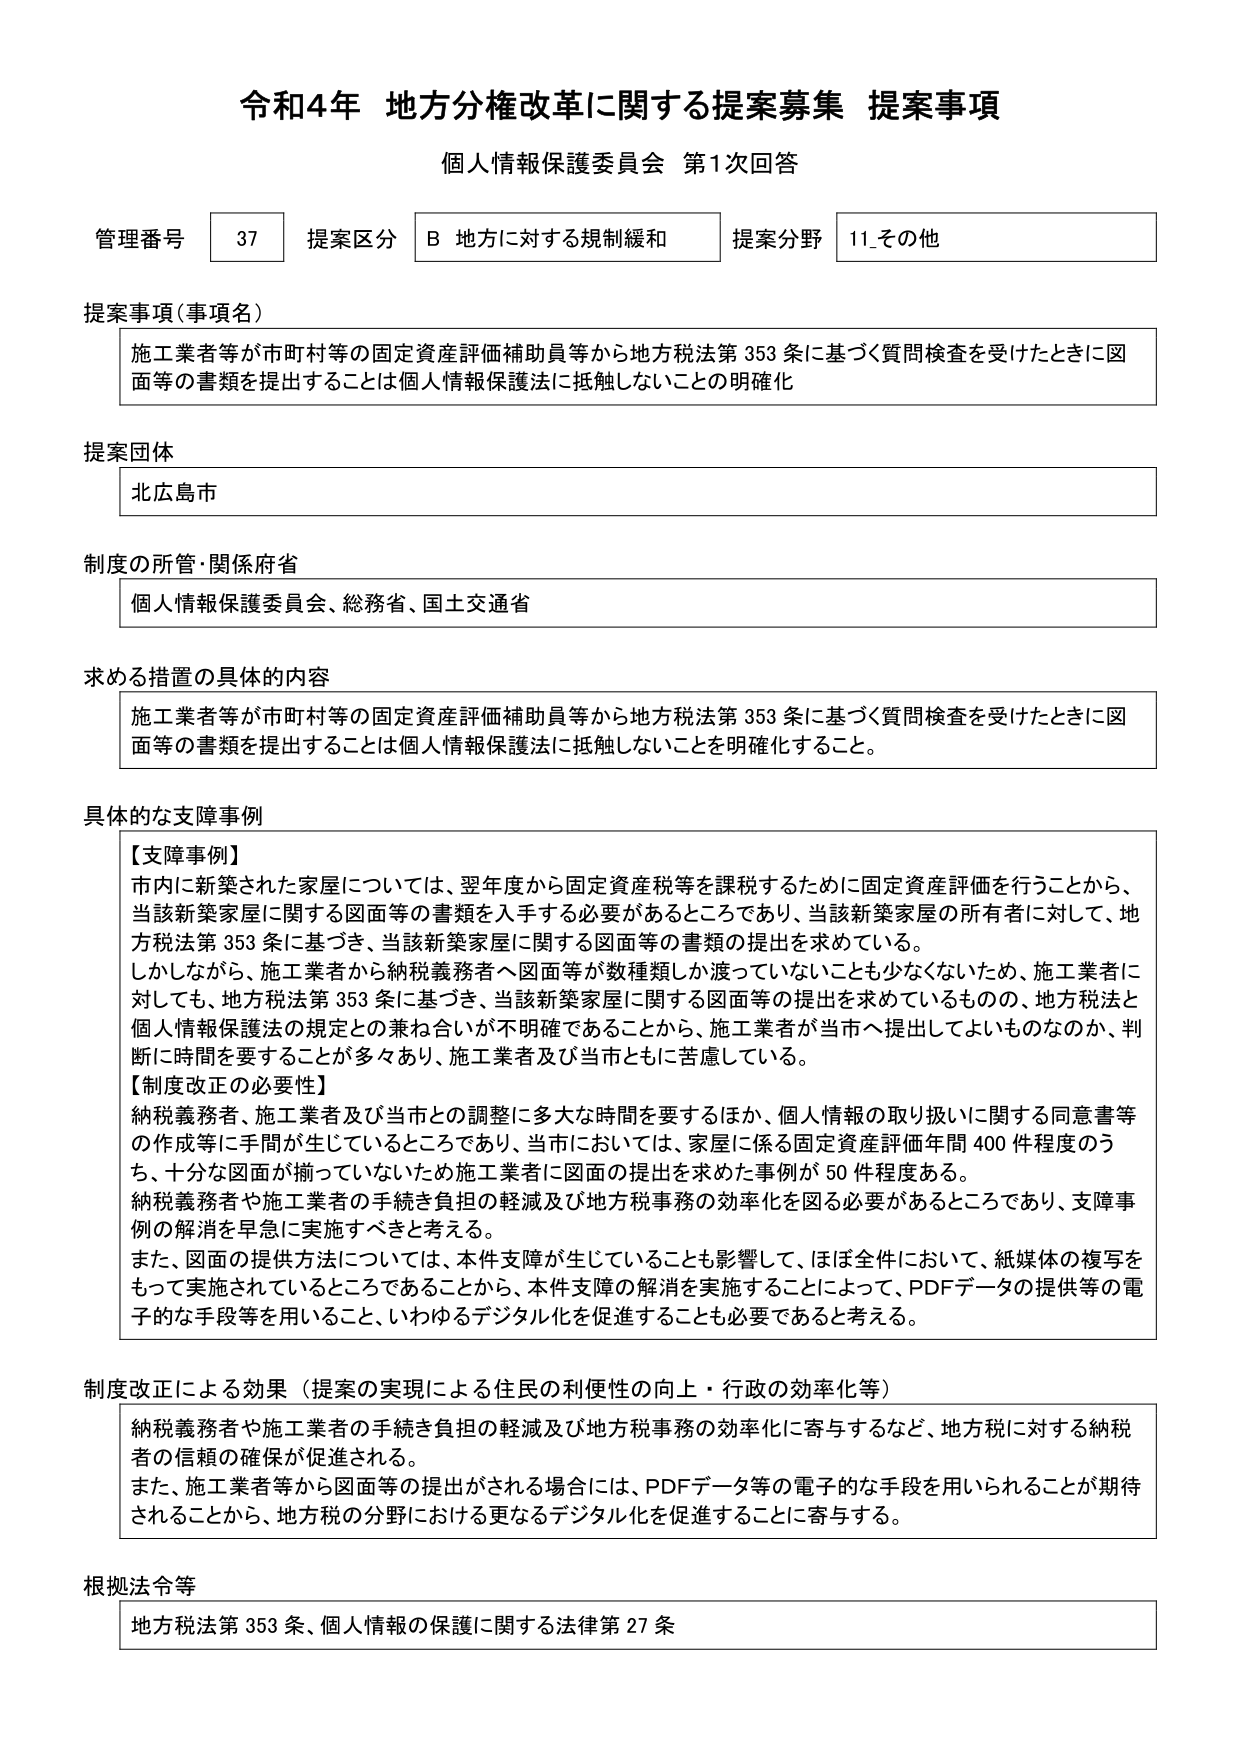
令和4年 地方分権改革に関する提案募集 提案事項
個人情報保護委員会 第1次回答

管理番号 37 提案区分 B 地方に対する規制緩和 提案分野 11_その他

提案事項（事項名）
施工業者等が市町村等の固定資産評価補助員等から地方税法第353条に基づく質問検査を受けたときに図面等の書類を提出することは個人情報保護法に抵触しないことの明確化

提案団体
北広島市

制度の所管・関係府省
個人情報保護委員会、総務省、国土交通省

求める措置の具体的内容
施工業者等が市町村等の固定資産評価補助員等から地方税法第353条に基づく質問検査を受けたときに図面等の書類を提出することは個人情報保護法に抵触しないことを明確化すること。

具体的な支障事例
【支障事例】
市内に新築された家屋については、翌年度から固定資産税等を課税するために固定資産評価を行うことから、当該新築家屋に関する図面等の書類を入手する必要があるところであり、当該新築家屋の所有者に対して、地方税法第353条に基づき、当該新築家屋に関する図面等の書類の提出を求めている。
しかしながら、施工業者から納税義務者へ図面等が数種類しか渡っていないことも少なくないため、施工業者に対しても、地方税法第353条に基づき、当該新築家屋に関する図面等の提出を求めているものの、地方税法と個人情報保護法の規定との兼ね合いが不明確であることから、施工業者が当市へ提出してよいものなのか、判断に時間を要することが多くあり、施工業者及び当市ともに苦慮している。
【制度改正の必要性】
納税義務者、施工業者及び当市との調整に多大な時間を要するほか、個人情報の取り扱いに関する同意書等の作成等に手間が生じているところであり、当市においては、家屋に係る固定資産評価年間400件程度のうち、十分な図面が揃っていないため施工業者に図面の提出を求めた事例が50件程度ある。
納税義務者や施工業者の手続き負担の軽減及び地方税事務の効率化を図る必要があるところであり、支障事例の解消を早急に実施すべきと考える。
また、図面の提供方法については、本件支障が生じていることも影響して、ほぼ全件において、紙媒体の複写をもって実施されているところであることから、本件支障の解消を実施することによって、PDFデータの提供等の電子的な手段等を用いること、いわゆるデジタル化を促進することも必要であると考える。

制度改正による効果（提案の実現による住民の利便性の向上・行政の効率化等）
納税義務者や施工業者の手続き負担の軽減及び地方税事務の効率化に寄与するなど、地方税に対する納税者の信頼の確保が促進される。
また、施工業者等から図面等の提出がされる場合には、PDFデータ等の電子的な手段を用いられることが期待されることから、地方税の分野における更なるデジタル化を促進することに寄与する。

根拠法令等
地方税法第353条、個人情報の保護に関する法律第27条